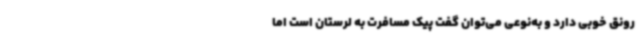
رونق خوبی دارد و به‌نوعی می‌توان گفت پیک مسافرت به لرستان است اما